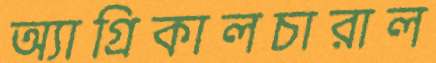
অ্যাগ্রিকালচারাল